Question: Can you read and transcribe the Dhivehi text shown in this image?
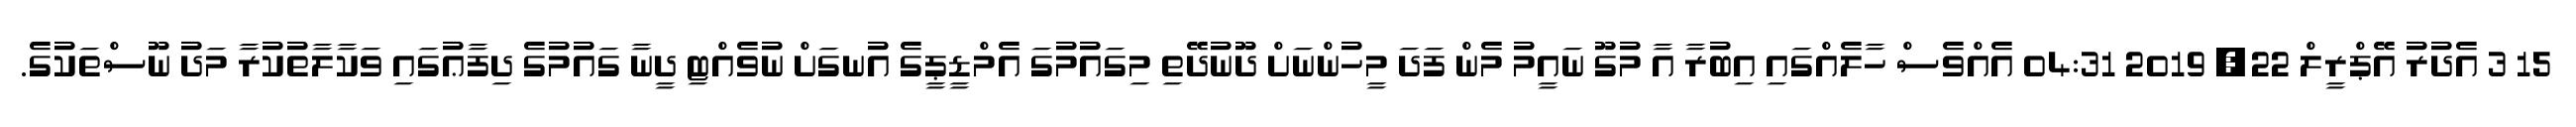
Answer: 15 3 އެދުރު އޭޕްރީލް 22, 2019 04:31 އެއްވެސް ހާލެއްގައި އިބުރާ އާ މުގޫ ނައީމު މެން ފަދަ މީހުންނަށް ދޫނުދޭތި މިގައުމުގަ އެމްޑީޕީގެ އުނގަށް ނުވެއްޓި ދީނާ ގައުމުގެ ދިފާޢުގައި ވަކާލާތުކުރާ މަދު ނޫސްތަކުގެ.